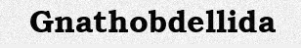
Gnathobdellida